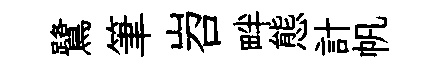
鷺筆岧畔態計帆